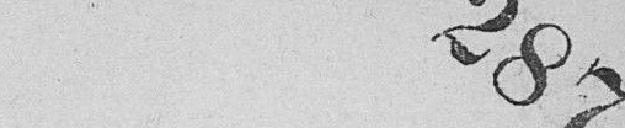
287